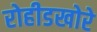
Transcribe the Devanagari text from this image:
रोहीडखोरे